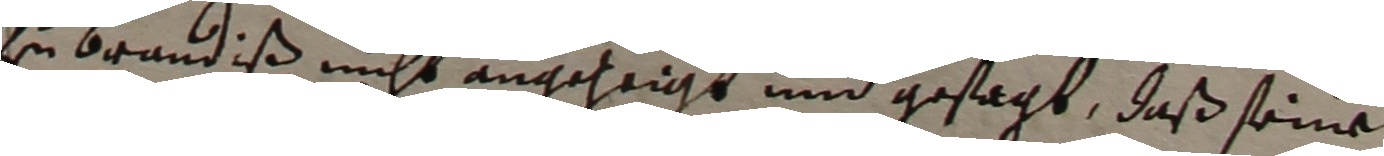
zu Brandiß nicht angezeigt und gesagt, daß seine